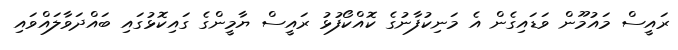
ރައީސް މައުމޫން ވަޑައިގެން އެ މަނިކުފާނުގެ ކޮއްކޯފުޅު ރައީސް ޔާމީންގެ ގައިކޮޅުގައި ބައްދަވާލައްވައި